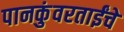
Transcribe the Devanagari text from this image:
पानकुंवरताईंचे